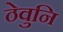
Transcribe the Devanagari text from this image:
ठेवुनि